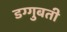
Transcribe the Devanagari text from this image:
डग्गुबती